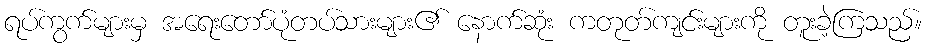
ရပ်ကွက်များမှ အရေးတော်ပုံတပ်သားများ၏ နောက်ဆုံး ကတုတ်ကျင်းများကို တူးခဲ့ကြသည်။